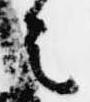
者